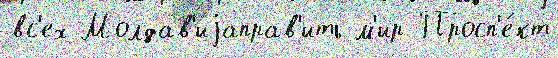
вс'ех Молдав'иjаправ'ить м'ир Просп'е́кт